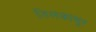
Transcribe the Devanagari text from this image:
तिलकासूर